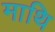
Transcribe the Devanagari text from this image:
माथि